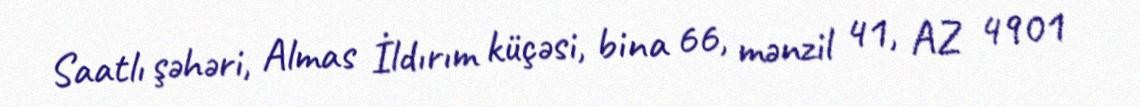
Saatlı şəhəri, Almas İldırım küçəsi, bina 66, mənzil 41, AZ 4901